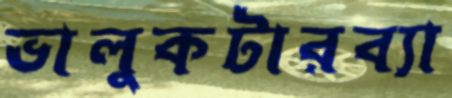
ভালুকটারব্যা